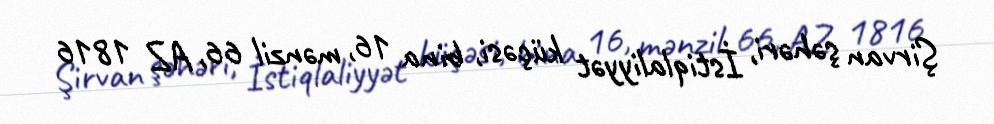
Şirvan şəhəri, İstiqlaliyyət küçəsi, bina 16, mənzil 66, AZ 1816